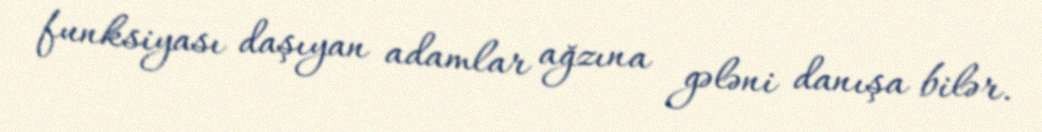
funksiyası daşıyan adamlar ağzına gələni danışa bilər.